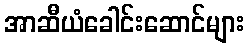
အာဆီယံခေါင်းဆောင်များ